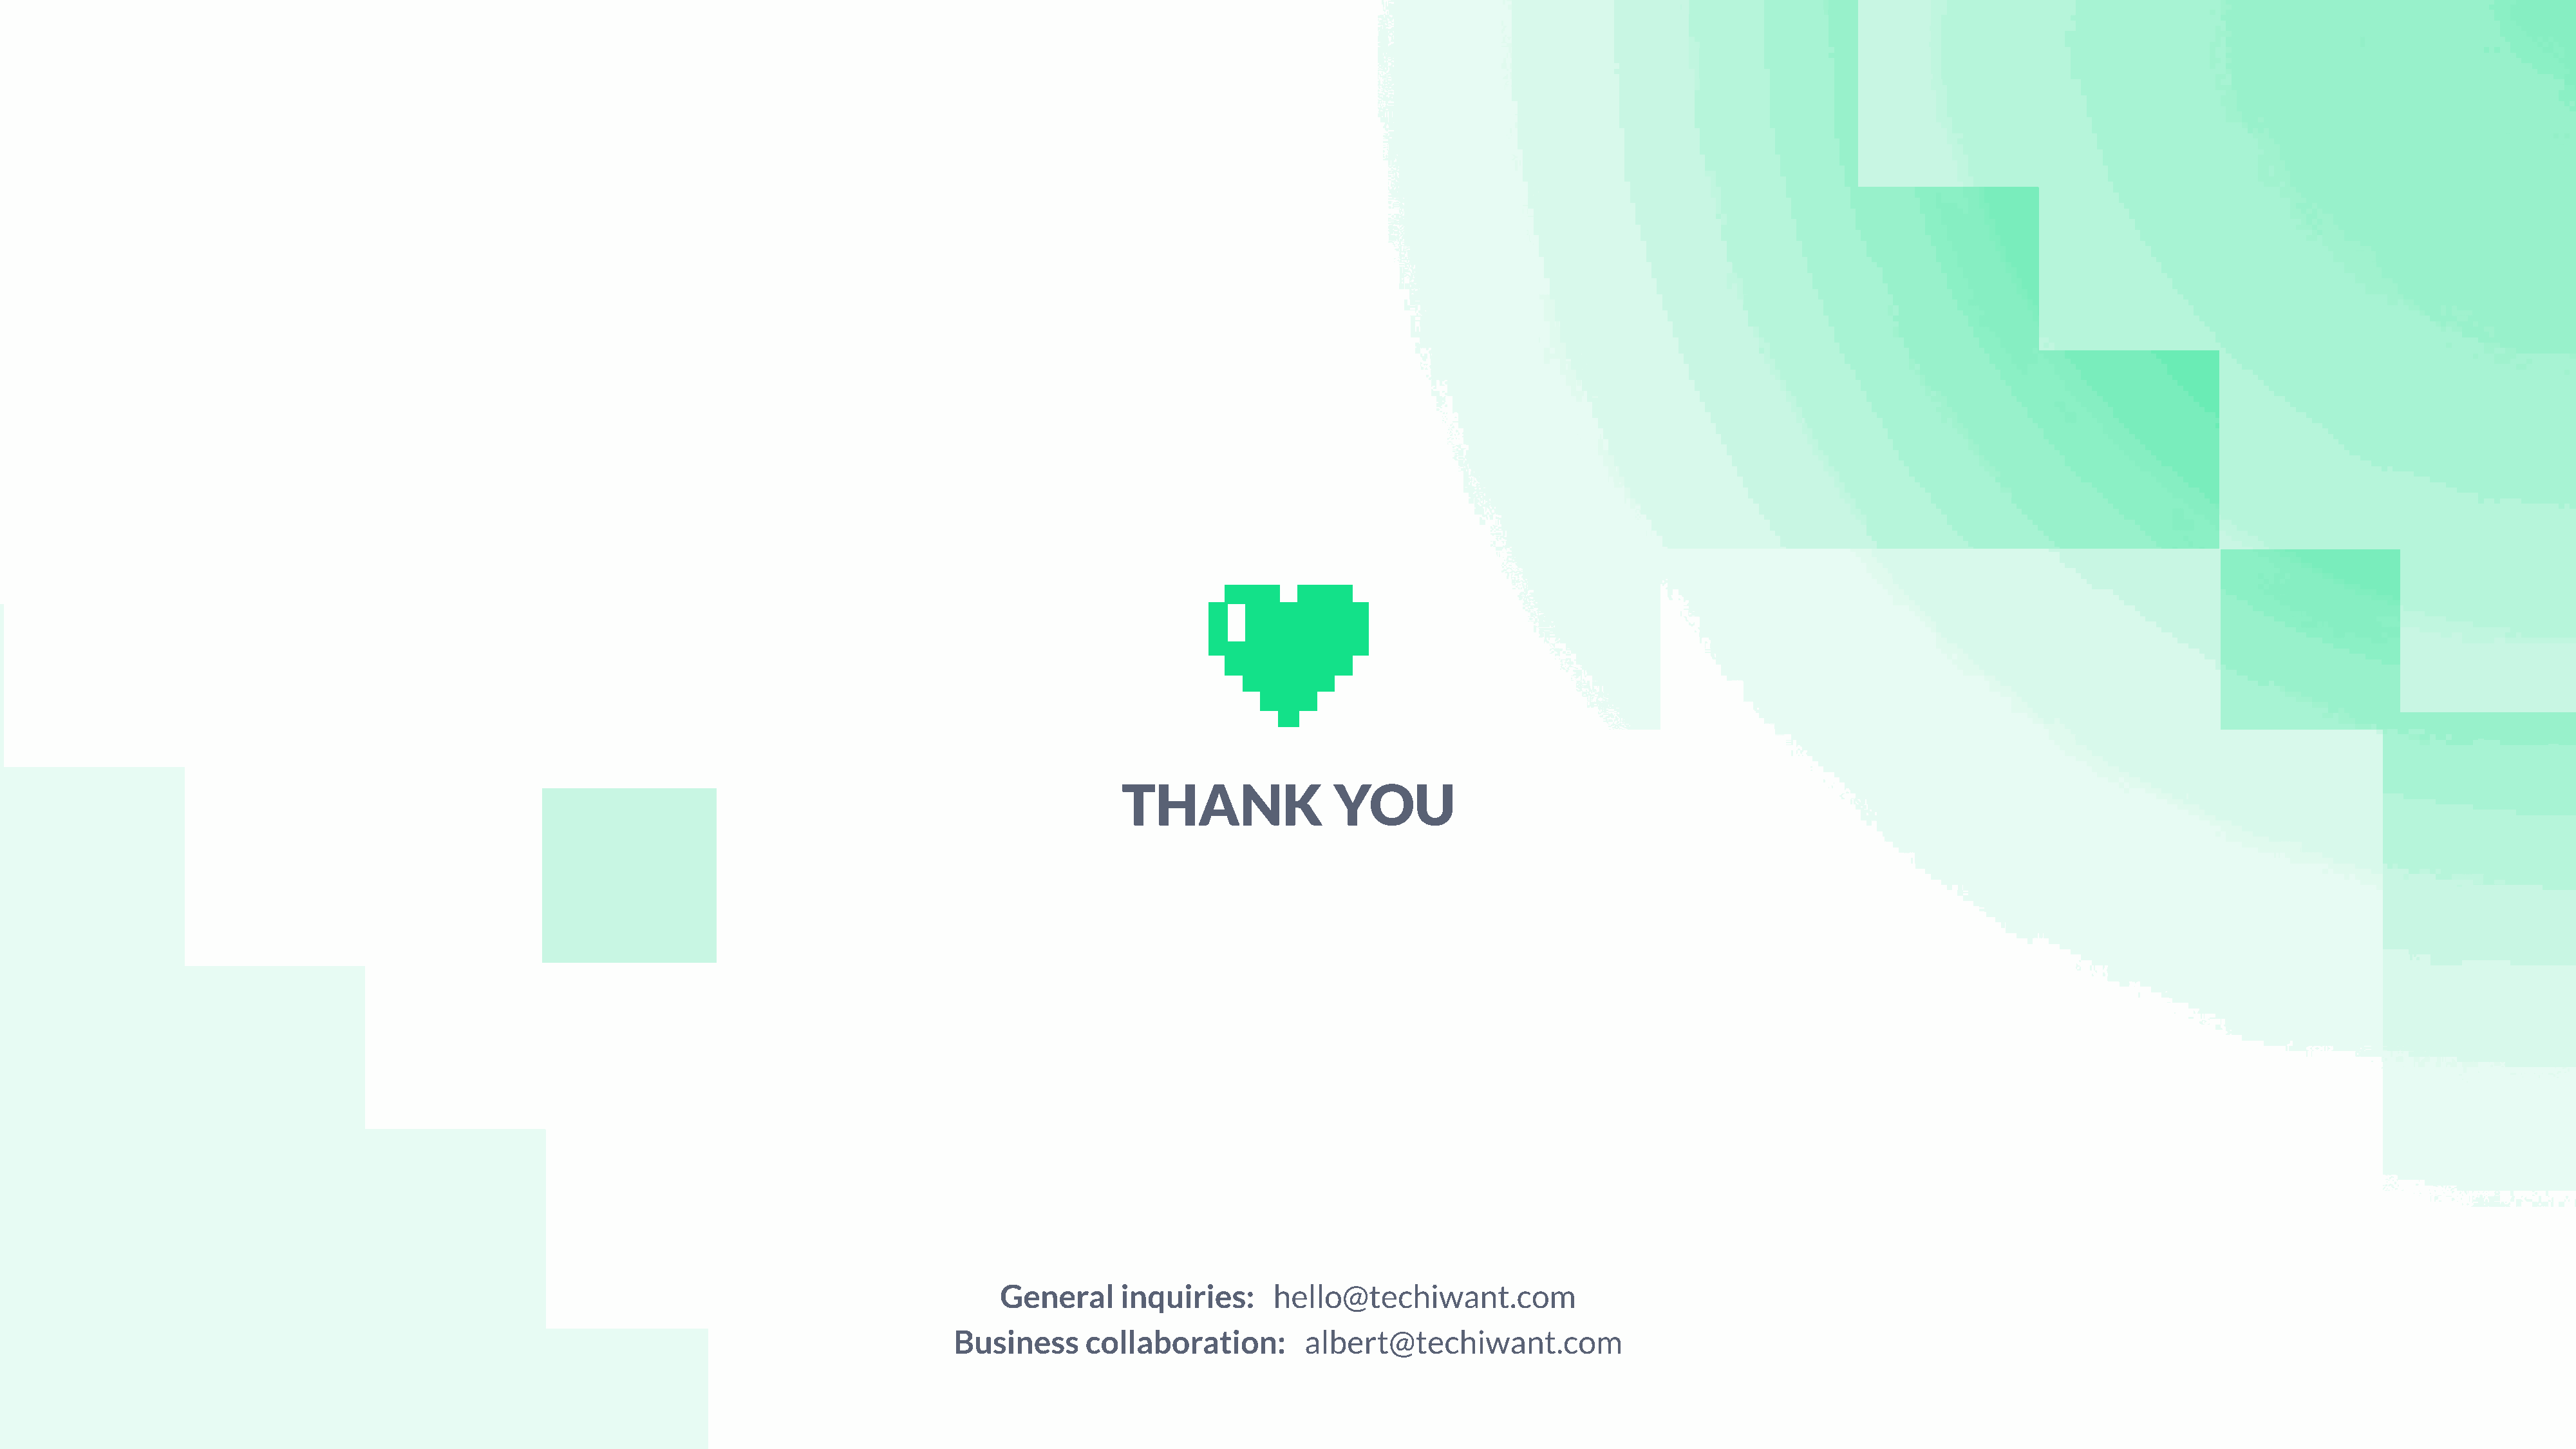
thank                 you
 General     inquiries:      hello@techiwant.com
 Business      collaboration:        albert@techiwant.com